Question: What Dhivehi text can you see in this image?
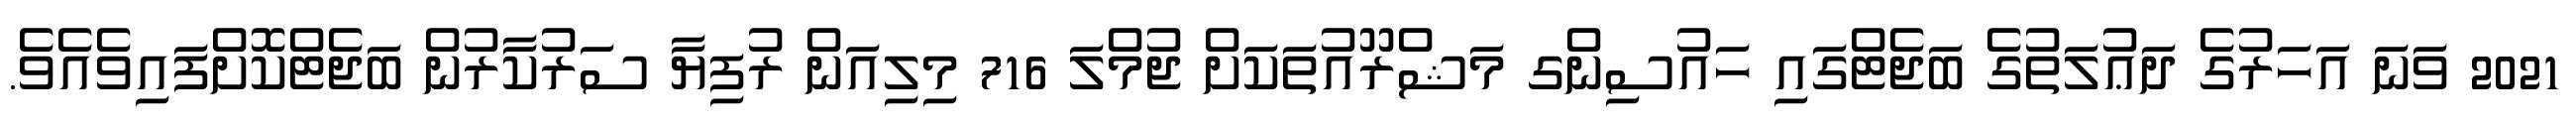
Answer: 2021 ވަނަ އަހަރުގެ ދަޢުލަތުގެ ބަޖެޓްގައި ހައުސިންގ މަޝްރޫއުތަކަށް ޖުމްލަ 716 މިލިއަން ރުފިޔާ ސަރުކާރުން ބަޖެޓްކޮށްފައިވެއެވެ.